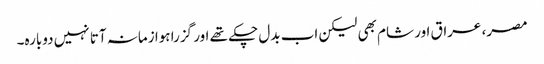
مصر، عراق اور شام بھی لیکن اب بدل چکے تھے اور گزرا ہوا زمانہ آتا نہیں دوبارہ۔